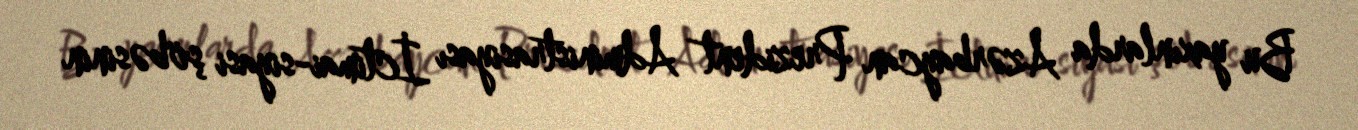
Bu yaxınlarda Azərbaycan Prezident Administrasiyası İctimai-siyasi şöbəsinin